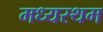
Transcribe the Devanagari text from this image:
मध्‍यस्‍थम